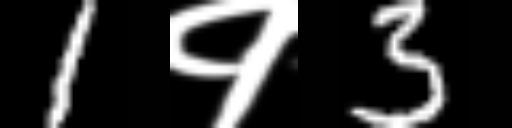
Text: 1१3